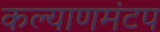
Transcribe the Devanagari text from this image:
कल्याणमंटप